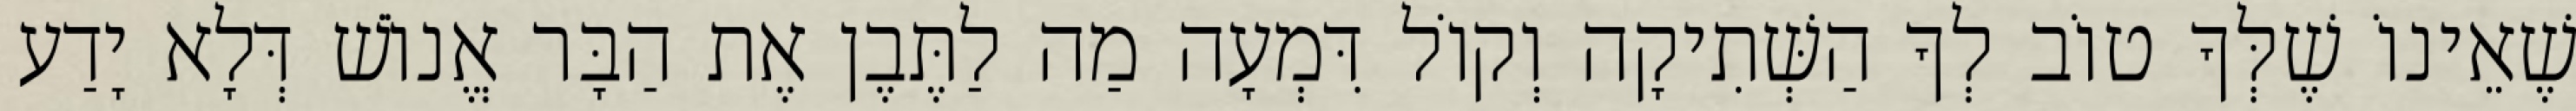
שֶׁאֵינוֹ שֶׁלְּךָ טוֹב לְךָ הַשְּׁתִיקָה וְקוֹל דִּמְעָה מַה לַתֶּבֶן אֶת הַבָּר אֱנוֹשׁ דְּלָא יָדַע